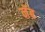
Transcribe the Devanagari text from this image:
नॅब